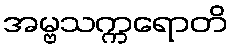
အမ္ဗသက္ကရောတိ